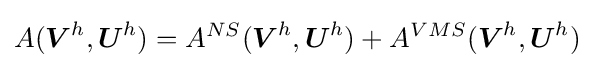
A({\boldsymbol {V}}^{h},{\boldsymbol {U}}^{h})=A^{NS}({\boldsymbol {V}}^{h},{\boldsymbol {U}}^{h})+A^{VMS}({\boldsymbol {V}}^{h},{\boldsymbol {U}}^{h})